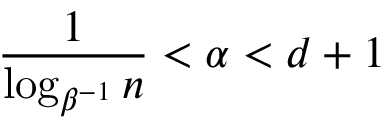
\frac { 1 } { \log _ { \beta ^ { - 1 } } n } < \alpha < d + 1